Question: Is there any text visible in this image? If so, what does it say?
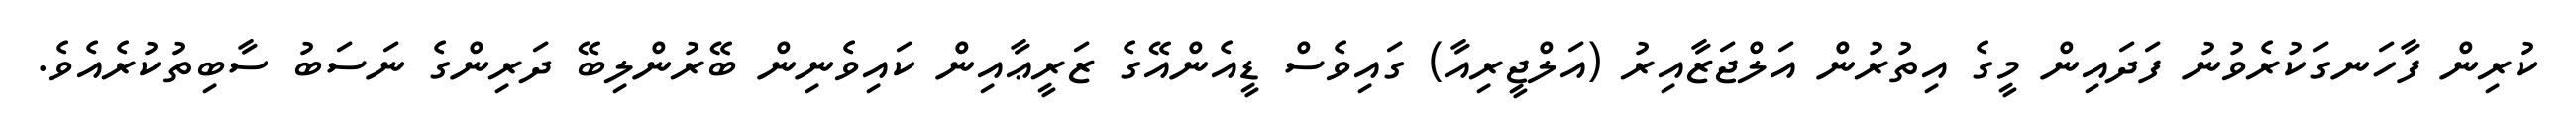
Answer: ކުރިން ފާހަނގަކުރެވުނު ފަދައިން މީގެ އިތުރުން އަލްޖަޒާއިރު (އަލްޖީރިއާ) ގައިވެސް ޑީއެންއޭގެ ޒަރީޢާއިން ކައިވެނިން ބޭރުންލިބޭ ދަރިންގެ ނަސަބު ސާބިތުކުރެއެވެ.